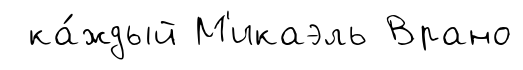
ка́ждый М'икаэль Врано